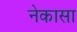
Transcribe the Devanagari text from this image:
नेकासा